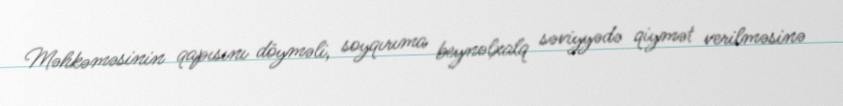
Məhkəməsinin qapısını döyməli, soyqırıma beynəlxalq səviyyədə qiymət verilməsinə